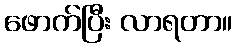
ဖောက်ပြီး လာရတာ။